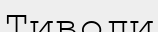
Тиволи